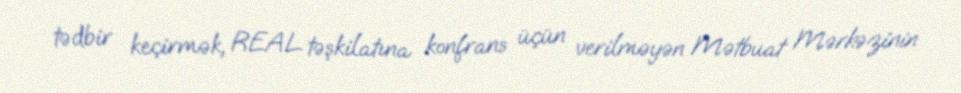
tədbir keçirmək, REAL təşkilatına konfrans üçün verilməyən Mətbuat Mərkəzinin